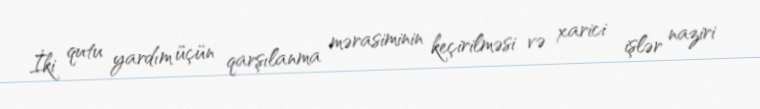
İki qutu yardım üçün qarşılanma mərasiminin keçirilməsi və xarici işlər naziri